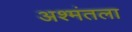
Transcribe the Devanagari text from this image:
अश्मंतला